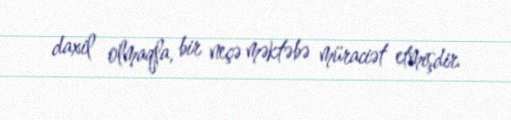
daxil olmaqla, bir neçə məktəbə müraciət etmişdir.